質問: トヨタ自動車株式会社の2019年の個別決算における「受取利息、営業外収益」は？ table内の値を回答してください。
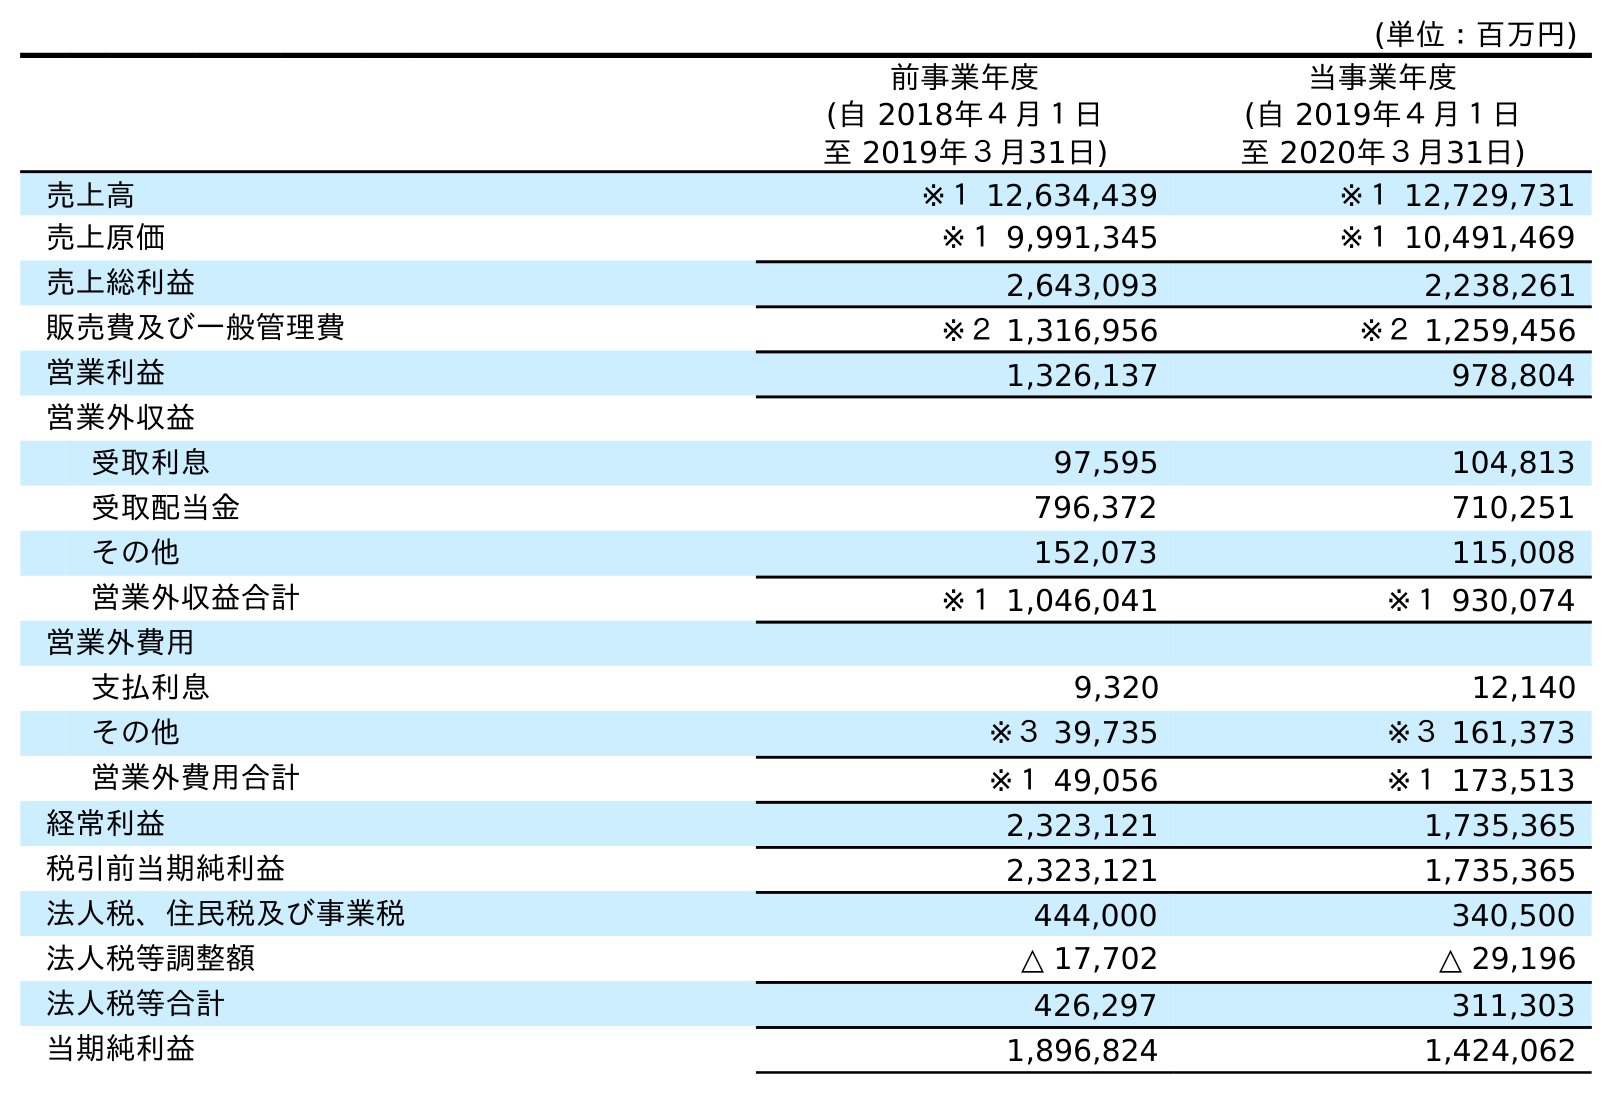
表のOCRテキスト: (単位：百万円) 前事業年度 (自 2018年４月１日 至 2019年３月31日) 当事業年度 (自 2019年４月１日 至 2020年３月31日) 売上高 ※１ 12,634,439 ※１ 12,729,731 売上原価 ※１ 9,991,345 ※１ 10,491,469 売上総利益 2,643,093 2,238,261 販売費及び一般管理費 ※２ 1,316,956 ※２ 1,259,456 営業利益 1,326,137 978,804 営業外収益 受取利息 97,595 104,813 受取配当金 796,372 710,251 その他 152,073 115,008 営業外収益合計 ※１ 1,046,041 ※１ 930,074 営業外費用 支払利息 9,320 12,140 その他 ※３ 39,735 ※３ 161,373 営業外費用合計 ※１ 49,056 ※１ 173,513 経常利益 2,323,121 1,735,365 税引前当期純利益 2,323,121 1,735,365 法人税、住民税及び事業税 444,000 340,500 法人税等調整額 △ 17,702 △ 29,196 法人税等合計 426,297 311,303 当期純利益 1,896,824 1,424,062
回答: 97,595